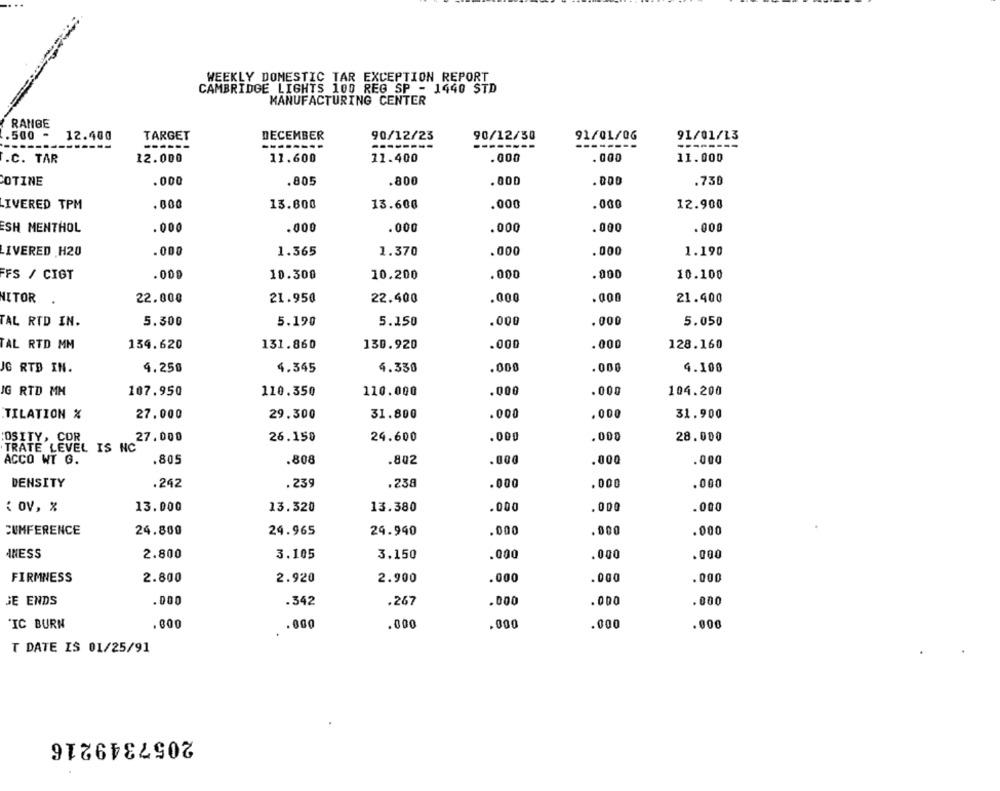
WEEKLY DOMESTIC TAR EXCEPTION REPORT
CAMBRIDGE LIGHTS 100 REG SP - 1440 STD
MANUFACTURING CENTER
RANGE
.500 -
12.400
DECEMBER
TARGET
90/12/23
90/12/30
91/01/06
91/01/13
------
-------
12.000
11.600
11.400
.000
.000
11.000
.C. TAR
COTINE
.000
.805
.800
.000
.000
.730
LIVERED TPM
.000
13.600
13.600
.000
.000
12.900
ESH MENTHOL
.000
.000
.000
.000
.000
.000
IVERED H20
.000
1.365
1.370
.000
.000
1.190
FS / CIGT
.000
10.300
10.200
.000
.000
10.100
MITOR
22.000
21.950
22.400
.000
.000
21.400
TAL RID IN.
5.300
5.190
5.150
.000
.000
5.050
TAL RTD MM
134.620
131.860
130.920
.000
.000
128.160
IG RTD IN.
4.250
4.345
4.330
.000
.000
4.100
IG RTD MH
107.950
110.350
110.000
.000
.000
104.200
TILATION %
27.000
29.300
31.800
.000
.000
31.900
OSITY, COR
27.000
26.150
24.600
.000
.000
28.000
TRATE LEVEL IS NC
ACCO WT G.
.805
.000
.000
.808
.802
.000
DENSITY
.238
.000
.242
.239
.000
.000
13.000
13.380
.000
: OV, %
13.320
.000
.000
CUMFERENCE
24.800
24.965
29.940
.000
.000
.000
INESS
2.800
3.150
.000
.000
.000
3.105
FIRMNESS
2.800
.000
2.920
2.900
.000
.000
.000
.342
.000
.000
.000
JE ENDS
.267
IC BURN
.000
.000
.000
.000
.000
.000
T DATE IS 01/25/91
2057349216